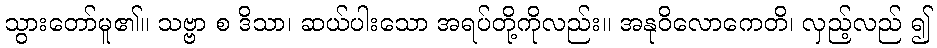
သွားတော်မူ၏။ သဗ္ဗာ စ ဒိသာ၊ ဆယ်ပါးသော အရပ်တို့ကိုလည်း။ အနုဝိလောကေတိ၊ လှည့်လည် ၍